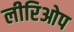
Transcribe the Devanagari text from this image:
लीरिओप